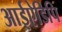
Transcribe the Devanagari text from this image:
आईऐडिपि